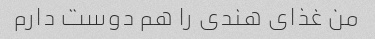
من غذای هندی را هم دوست دارم